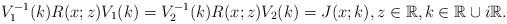
LaTeX: \begin{align*}V_1^{-1}(k) R(x;z) V_1(k)=V_2^{-1}(k) R(x;z) V_2(k)=J(x;k),z \in \mathbb{R}, k \in \mathbb{R} \cup i \mathbb{R}.\end{align*}